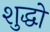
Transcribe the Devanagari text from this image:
शुद्धो